65_HS1-834228961_62-HQ-83894_Section_4
Agency: FBI
Page 106
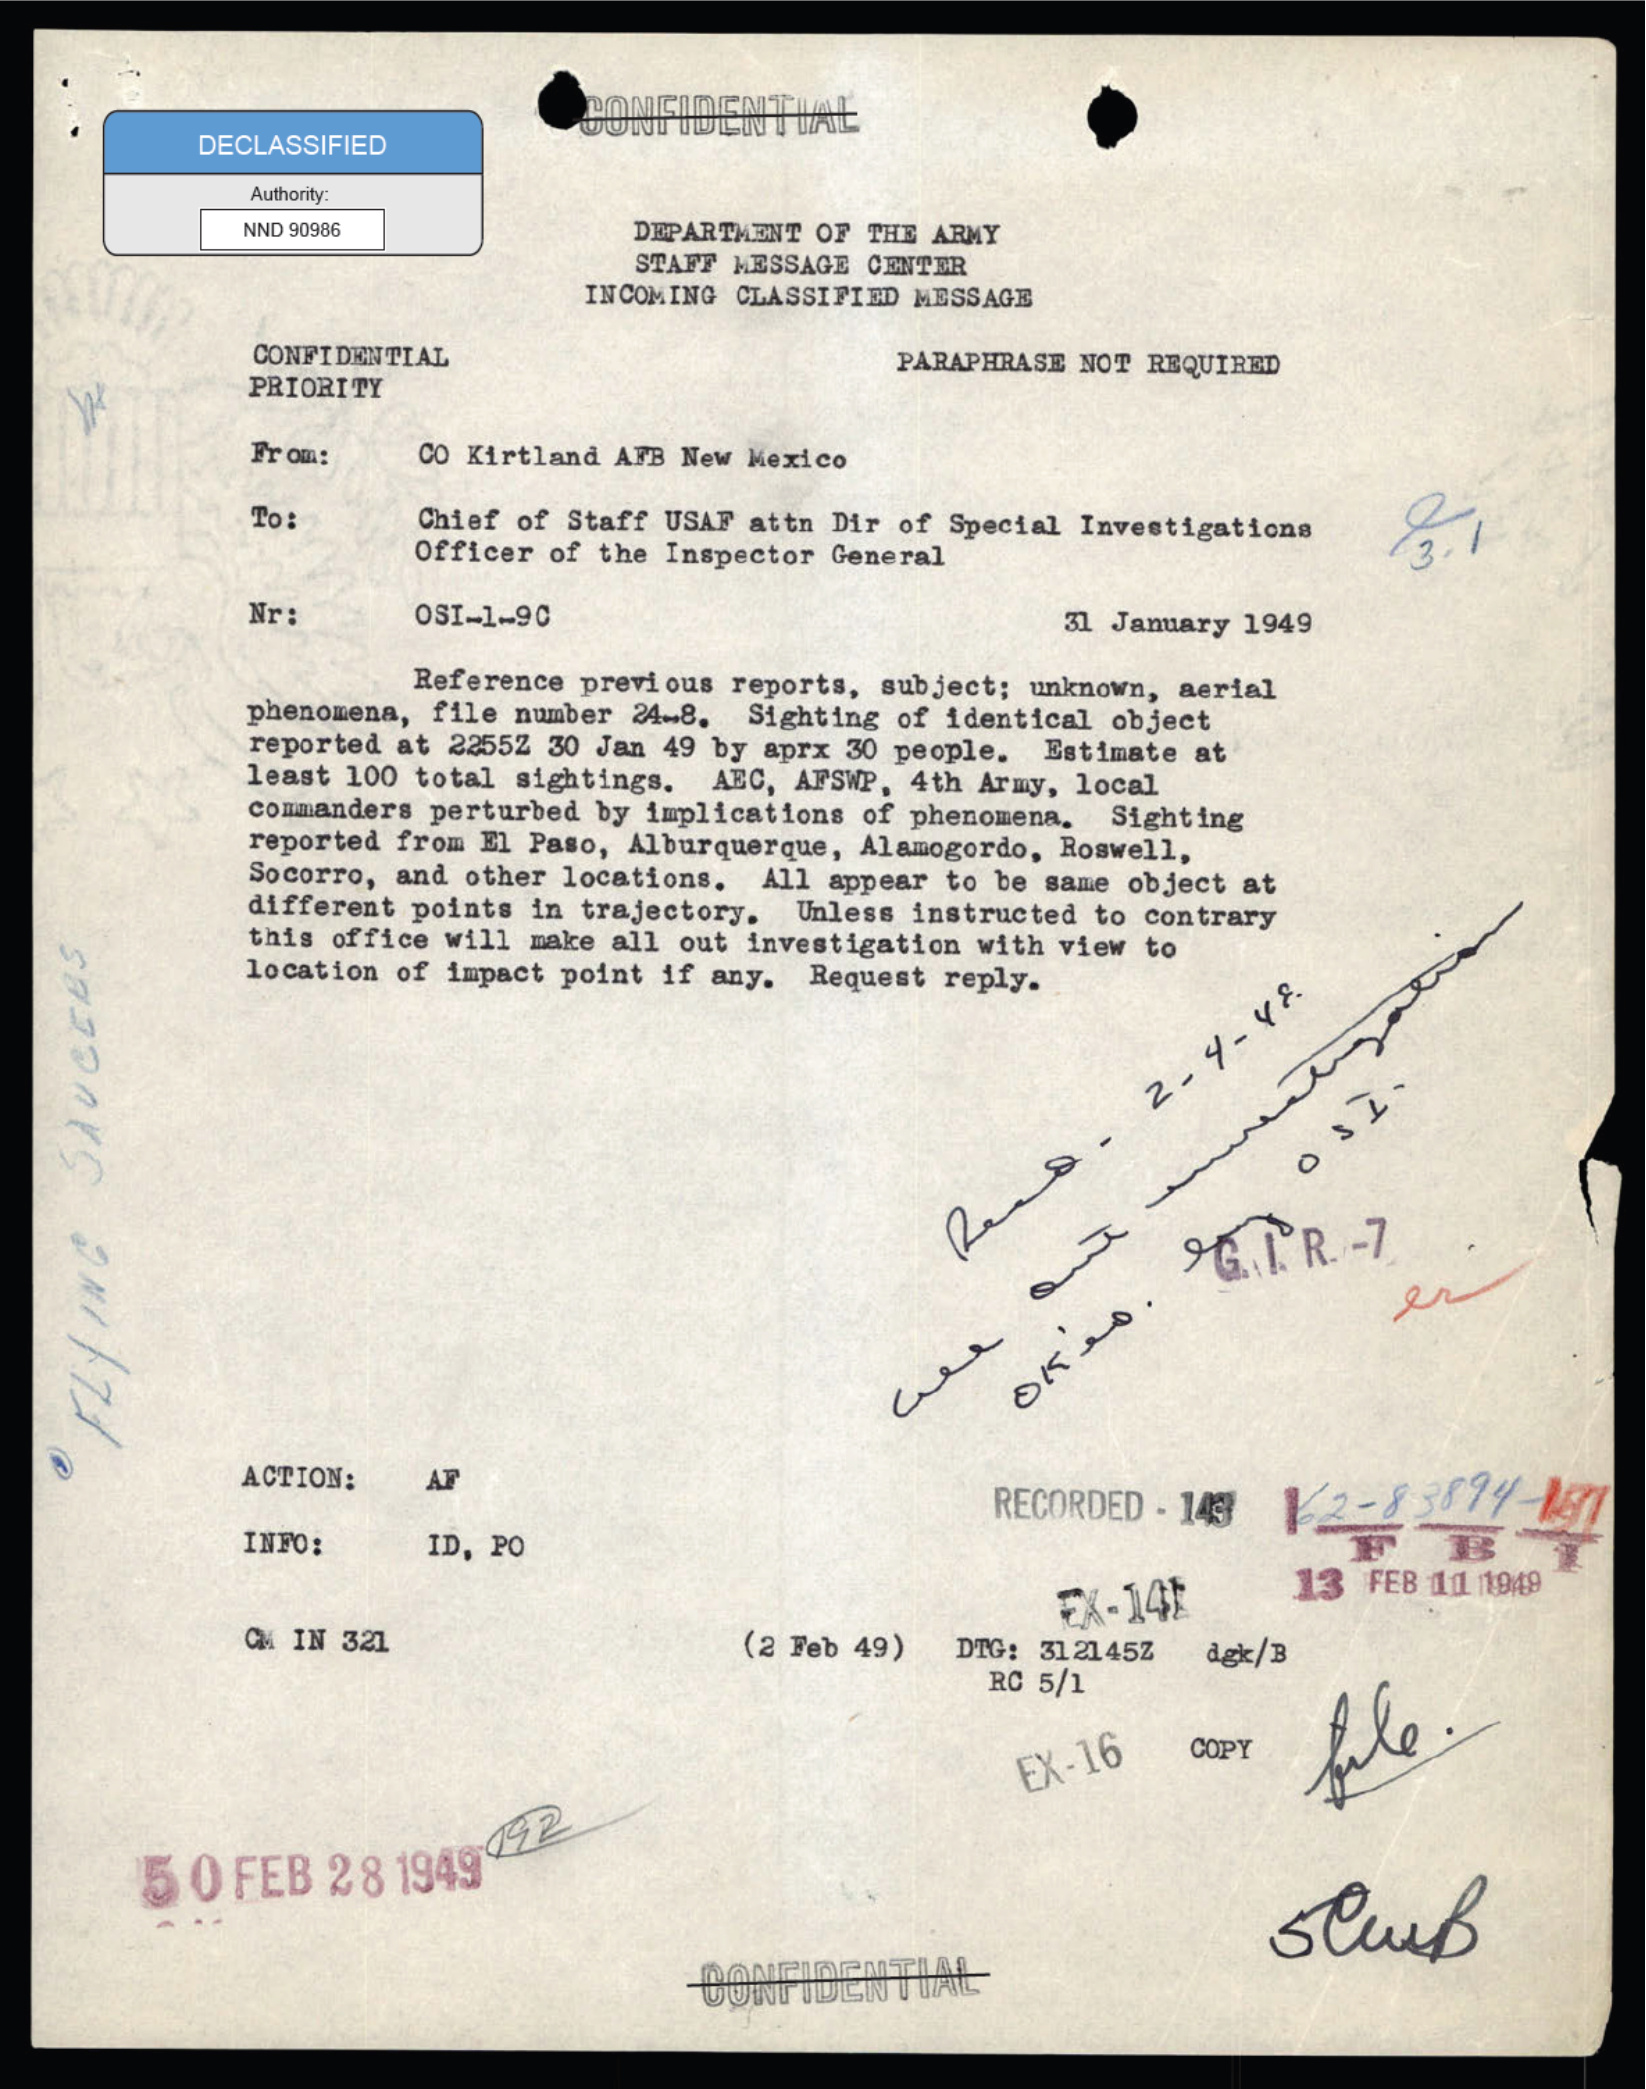